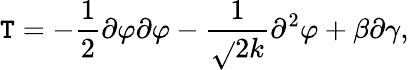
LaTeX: \mathtt{T}=-\frac{{1}}{{2}}\partial\varphi\partial\varphi-\frac{{1}}{{\sqrt{}{{2k}}}}\partial^{2}\varphi+\beta\partial\gamma,